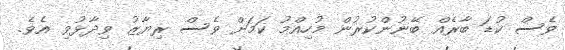
ވެސް ކުޑަ ބާރެއް ބޭނުންކުރުން މުހިއްމު ކަމަށް ވެސް ރިޔާޒު ވިދާޅުވި އެވެ.